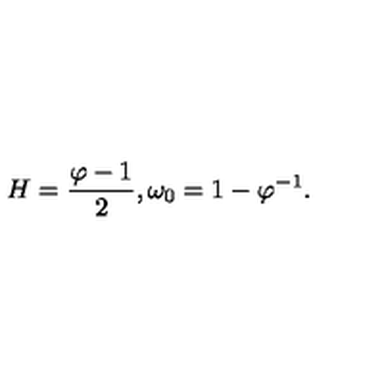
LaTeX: H = \frac { \varphi - 1 } { 2 } , \omega _ { 0 } = 1 - \varphi ^ { - 1 } .